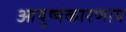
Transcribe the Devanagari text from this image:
आयुष्यकारणाय